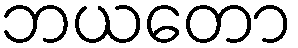
ဘယတော